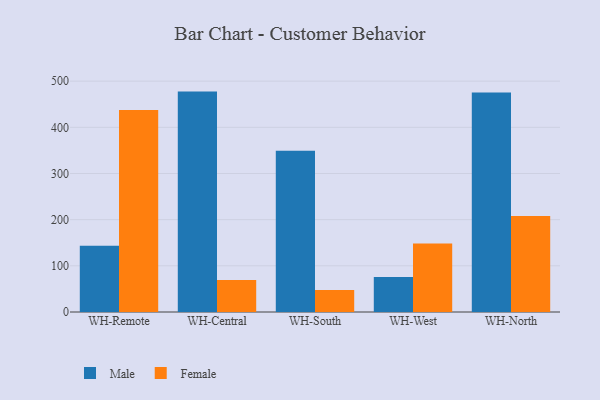
{"axis": {"x": "Warehouse", "y": "Churn Rate (%)"}, "legend": ["Female", "Male"], "data": [{"x": "WH-Remote", "y": 143.3, "type": "Male"}, {"x": "WH-Remote", "y": 437.7, "type": "Female"}, {"x": "WH-Central", "y": 477.4, "type": "Male"}, {"x": "WH-Central", "y": 69.1, "type": "Female"}, {"x": "WH-South", "y": 349.4, "type": "Male"}, {"x": "WH-South", "y": 47.4, "type": "Female"}, {"x": "WH-West", "y": 75.7, "type": "Male"}, {"x": "WH-West", "y": 148.6, "type": "Female"}, {"x": "WH-North", "y": 475.2, "type": "Male"}, {"x": "WH-North", "y": 208.1, "type": "Female"}]}